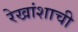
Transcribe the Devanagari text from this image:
रेखांशाची